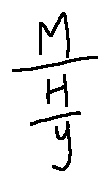
\frac { M } { \frac { H } { y } }